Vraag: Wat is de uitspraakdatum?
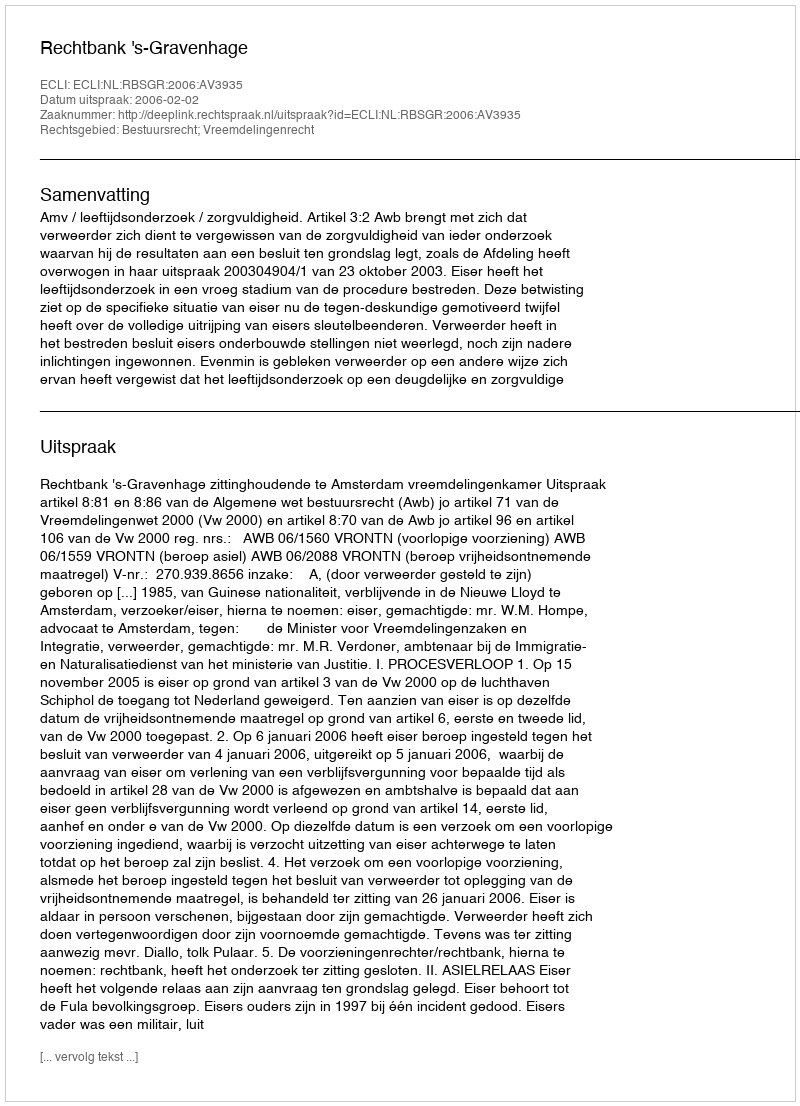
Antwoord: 2006-02-02